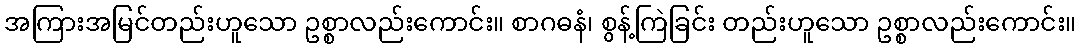
အကြားအမြင်တည်းဟူသော ဥစ္စာလည်းကောင်း။ စာဂဓနံ၊ စွန့်ကြဲခြင်း တည်းဟူသော ဥစ္စာလည်းကောင်း။